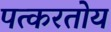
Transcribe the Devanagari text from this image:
पत्करतोय